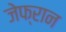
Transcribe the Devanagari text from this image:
जेफ्रान